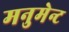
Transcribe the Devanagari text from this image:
मनुमेन्ट